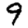
Digit: 9